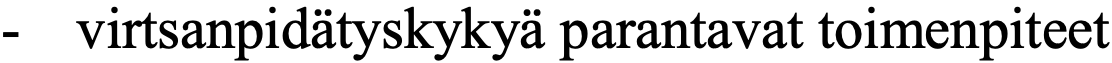
-  virtsanpidätyskykyä parantavat toimenpiteet